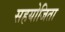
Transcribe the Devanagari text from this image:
सहयोजिता